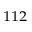
^ { 1 1 2 }